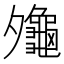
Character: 𪚪